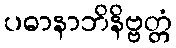
ပဓာနာဘိနိဗ္ဗတ္တံ